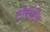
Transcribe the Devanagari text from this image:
ठोकोनि